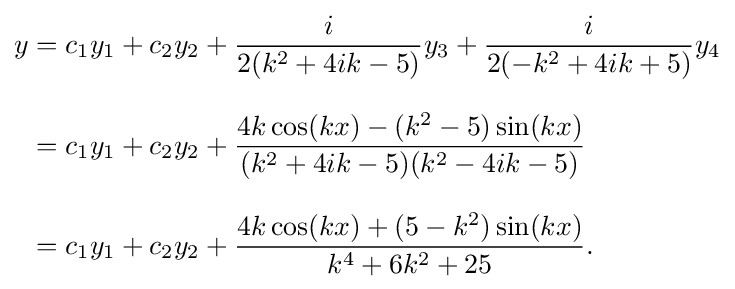
{\begin{aligned}y&=c_{1}y_{1}+c_{2}y_{2}+{\frac {i}{2(k^{2}+4ik-5)}}y_{3}+{\frac {i}{2(-k^{2}+4ik+5)}}y_{4}\\[8pt]&=c_{1}y_{1}+c_{2}y_{2}+{\frac {4k\cos(kx)-(k^{2}-5)\sin(kx)}{(k^{2}+4ik-5)(k^{2}-4ik-5)}}\\[8pt]&=c_{1}y_{1}+c_{2}y_{2}+{\frac {4k\cos(kx)+(5-k^{2})\sin(kx)}{k^{4}+6k^{2}+25}}.\end{aligned}}